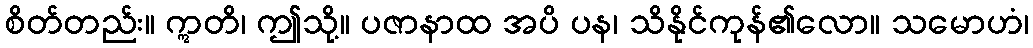
စိတ်တည်း။ ဣတိ၊ ဤသို့။ ပဇာနာထ အပိ ပန၊ သိနိုင်ကုန်၏လော။ သမောဟံ၊